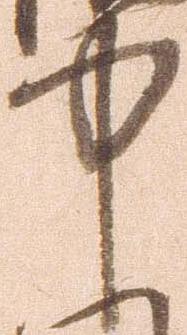
中